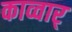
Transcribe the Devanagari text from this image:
काव्वार्